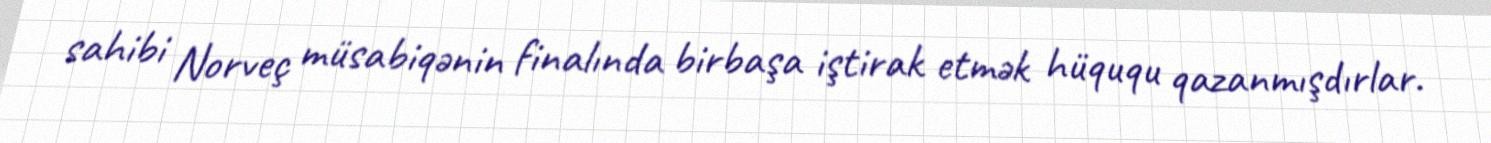
sahibi Norveç müsabiqənin finalında birbaşa iştirak etmək hüququ qazanmışdırlar.